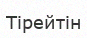
Тірейтін